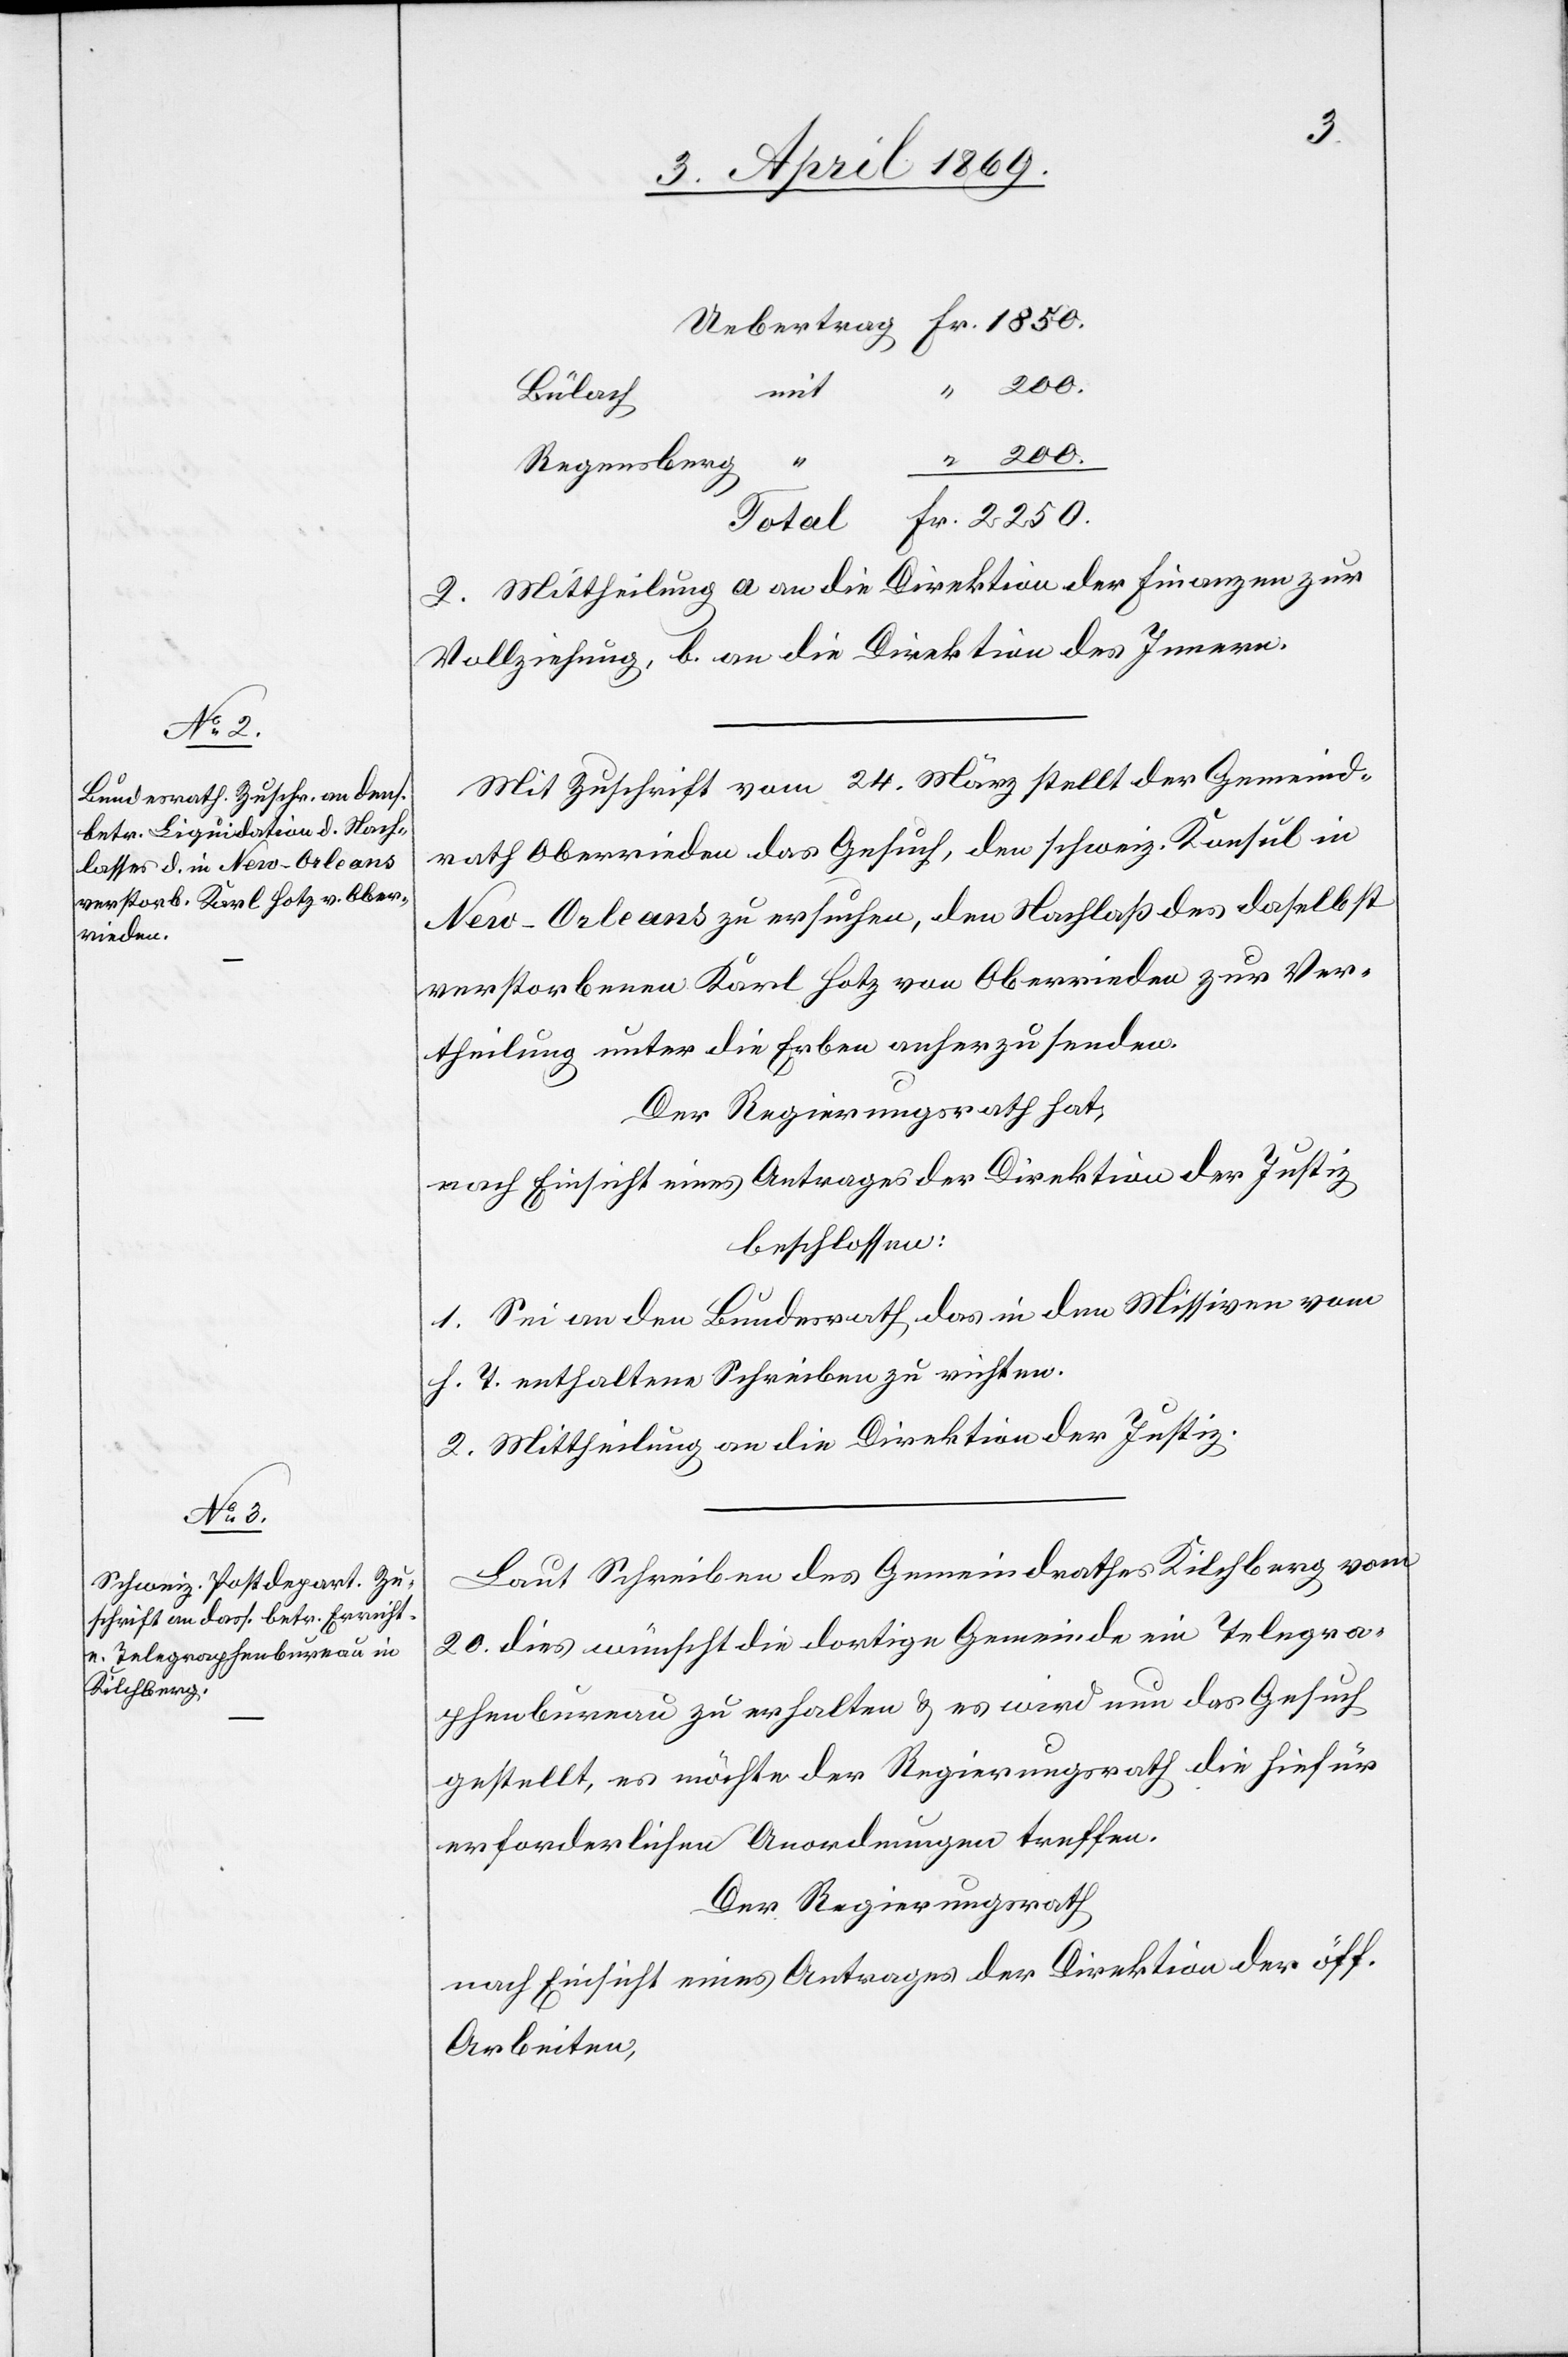
Uebertrag		Fr. 1850.
Bülach
Regensberg
Total 		Fr. 2250.
2. Mittheilung a. an die Direktion der Finanzen zur
Vollziehung, b. an die Direktion des Innern.
Mit Zuschrift vom 24. März stellt der Gemeind¬
rath Oberrieden das Gesuch, den schweiz. Konsul in
New-Orleans zu ersuchen, den Nachlaß des daselbst
verstorbenen Karl Hotz von Oberrieden zur Ver¬
theilung unter die Erben anherzusenden.
Der Regierungsrath hat,
nach Einsicht eines Antrages der Direktion der Justiz,
beschlossen:
1. Sei an den Bundesrath das in den Missiven vom
h. T. enthaltene Schreiben zu richten.
2. Mittheilung an die Direktion der Justiz.
Laut Schreiben des Gemeindrathes Kilchberg vom
20. dies wünscht die dortige Gemeinde ein Telegra¬
phenbureau zu erhalten u. es wird nun das Gesuch
gestellt, es möchte der Regierungsrath die hiefür
erforderlichen Anordnungen treffen.
Der Regierungsrath
nach Einsicht eines Antrages der Direktion der öff.
Arbeiten.